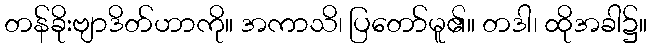
တန်ခိုးဗျာဒိတ်ဟာကို။ အကာသိ၊ ပြတော်မူ၏။ တဒါ၊ ထိုအခါ၌။